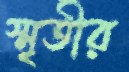
স্মৃতীর